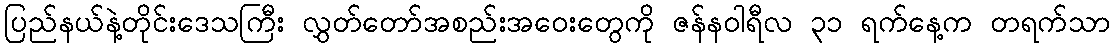
ပြည်နယ်နဲ့တိုင်းဒေသကြီး လွှတ်တော်အစည်းအဝေးတွေကို ဇန်နဝါရီလ ၃၁ ရက်နေ့က တရက်သာ